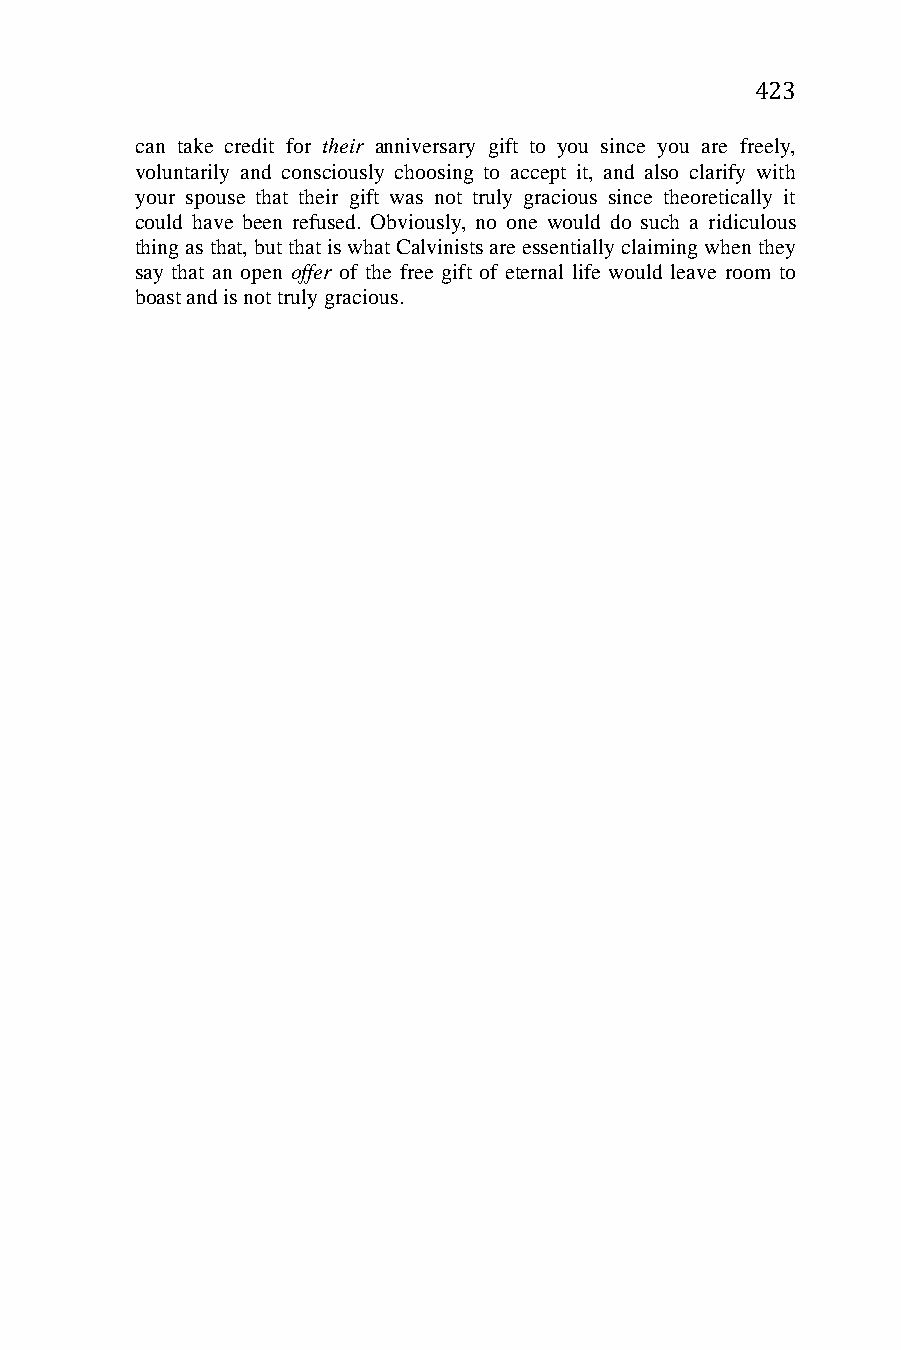
423
 can take credit for their anniversary gift to you since you are freely,
 voluntarily and consciously choosing to accept it, and also clarify with
 your spouse that their gift was not truly gracious since theoretically it
 could have been refused. Obviously, no one would do such a ridiculous
 thing as that, but that is what Calvinists are essentially claiming when they
 say that an open offer of the free gift of eternal life would leave room to
 boast and is not truly gracious.